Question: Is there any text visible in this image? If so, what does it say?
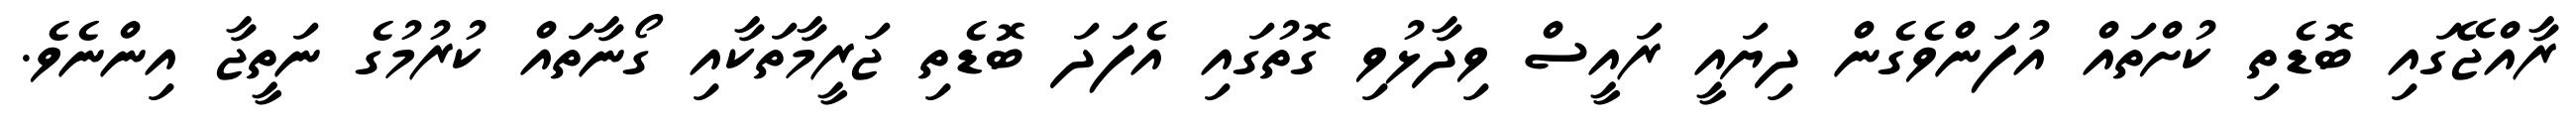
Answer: ރާއްޖޭގައި ބޮޑެތި ކުށްތައް އުފަންވެގެން ދިޔައީ ރައީސް ވިދާޅުވި ގޮތުގައި އެފަދަ ބޮޑެތި ޖަރީމާތަކާއި ގޯނާތައް ކުރުމުގެ ނަތީޖާ އިންނެވެ.